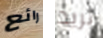
رائع تريد